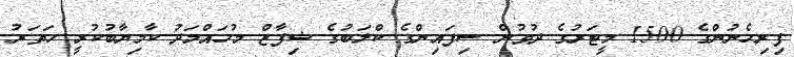
ފިރިހެނުންގެ 1500 މީޓަރުގެ ދުވުން ސިފައިންގެ ކްލަބުގެ ޝިފާޒް މުހައްމަދު ކާމިޔާބުކުރީ ހަތަރު